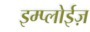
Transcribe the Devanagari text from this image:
इम्प्लोईज़